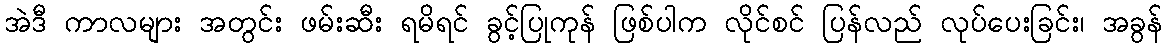
အဲဒီ ကာလများ အတွင်း ဖမ်းဆီး ရမိရင် ခွင့်ပြုကုန် ဖြစ်ပါက လိုင်စင် ပြန်လည် လုပ်ပေးခြင်း၊ အခွန်